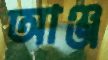
আঞ্জ